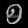
Digit: ၅